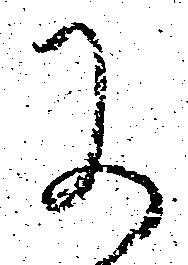
に